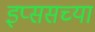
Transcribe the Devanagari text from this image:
इप्ससच्या